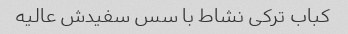
کباب ترکی نشاط با سس سفیدش عالیه